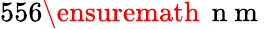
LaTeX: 556\ensuremath{\, \mathrm{~n~m~}}